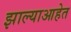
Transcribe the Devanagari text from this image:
झाल्याआहेत